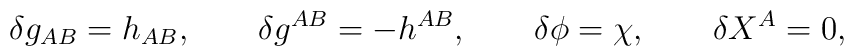
\delta g_{AB}=h_{AB}, ~~~~~~ \delta g^{AB}=-h^{AB}, ~~~~~~\delta\phi=\chi , ~~~~~~ \delta X^A=0,